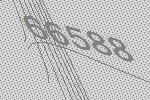
66588